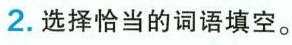
2.选择恰当的词语填空。